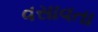
વસાવતા